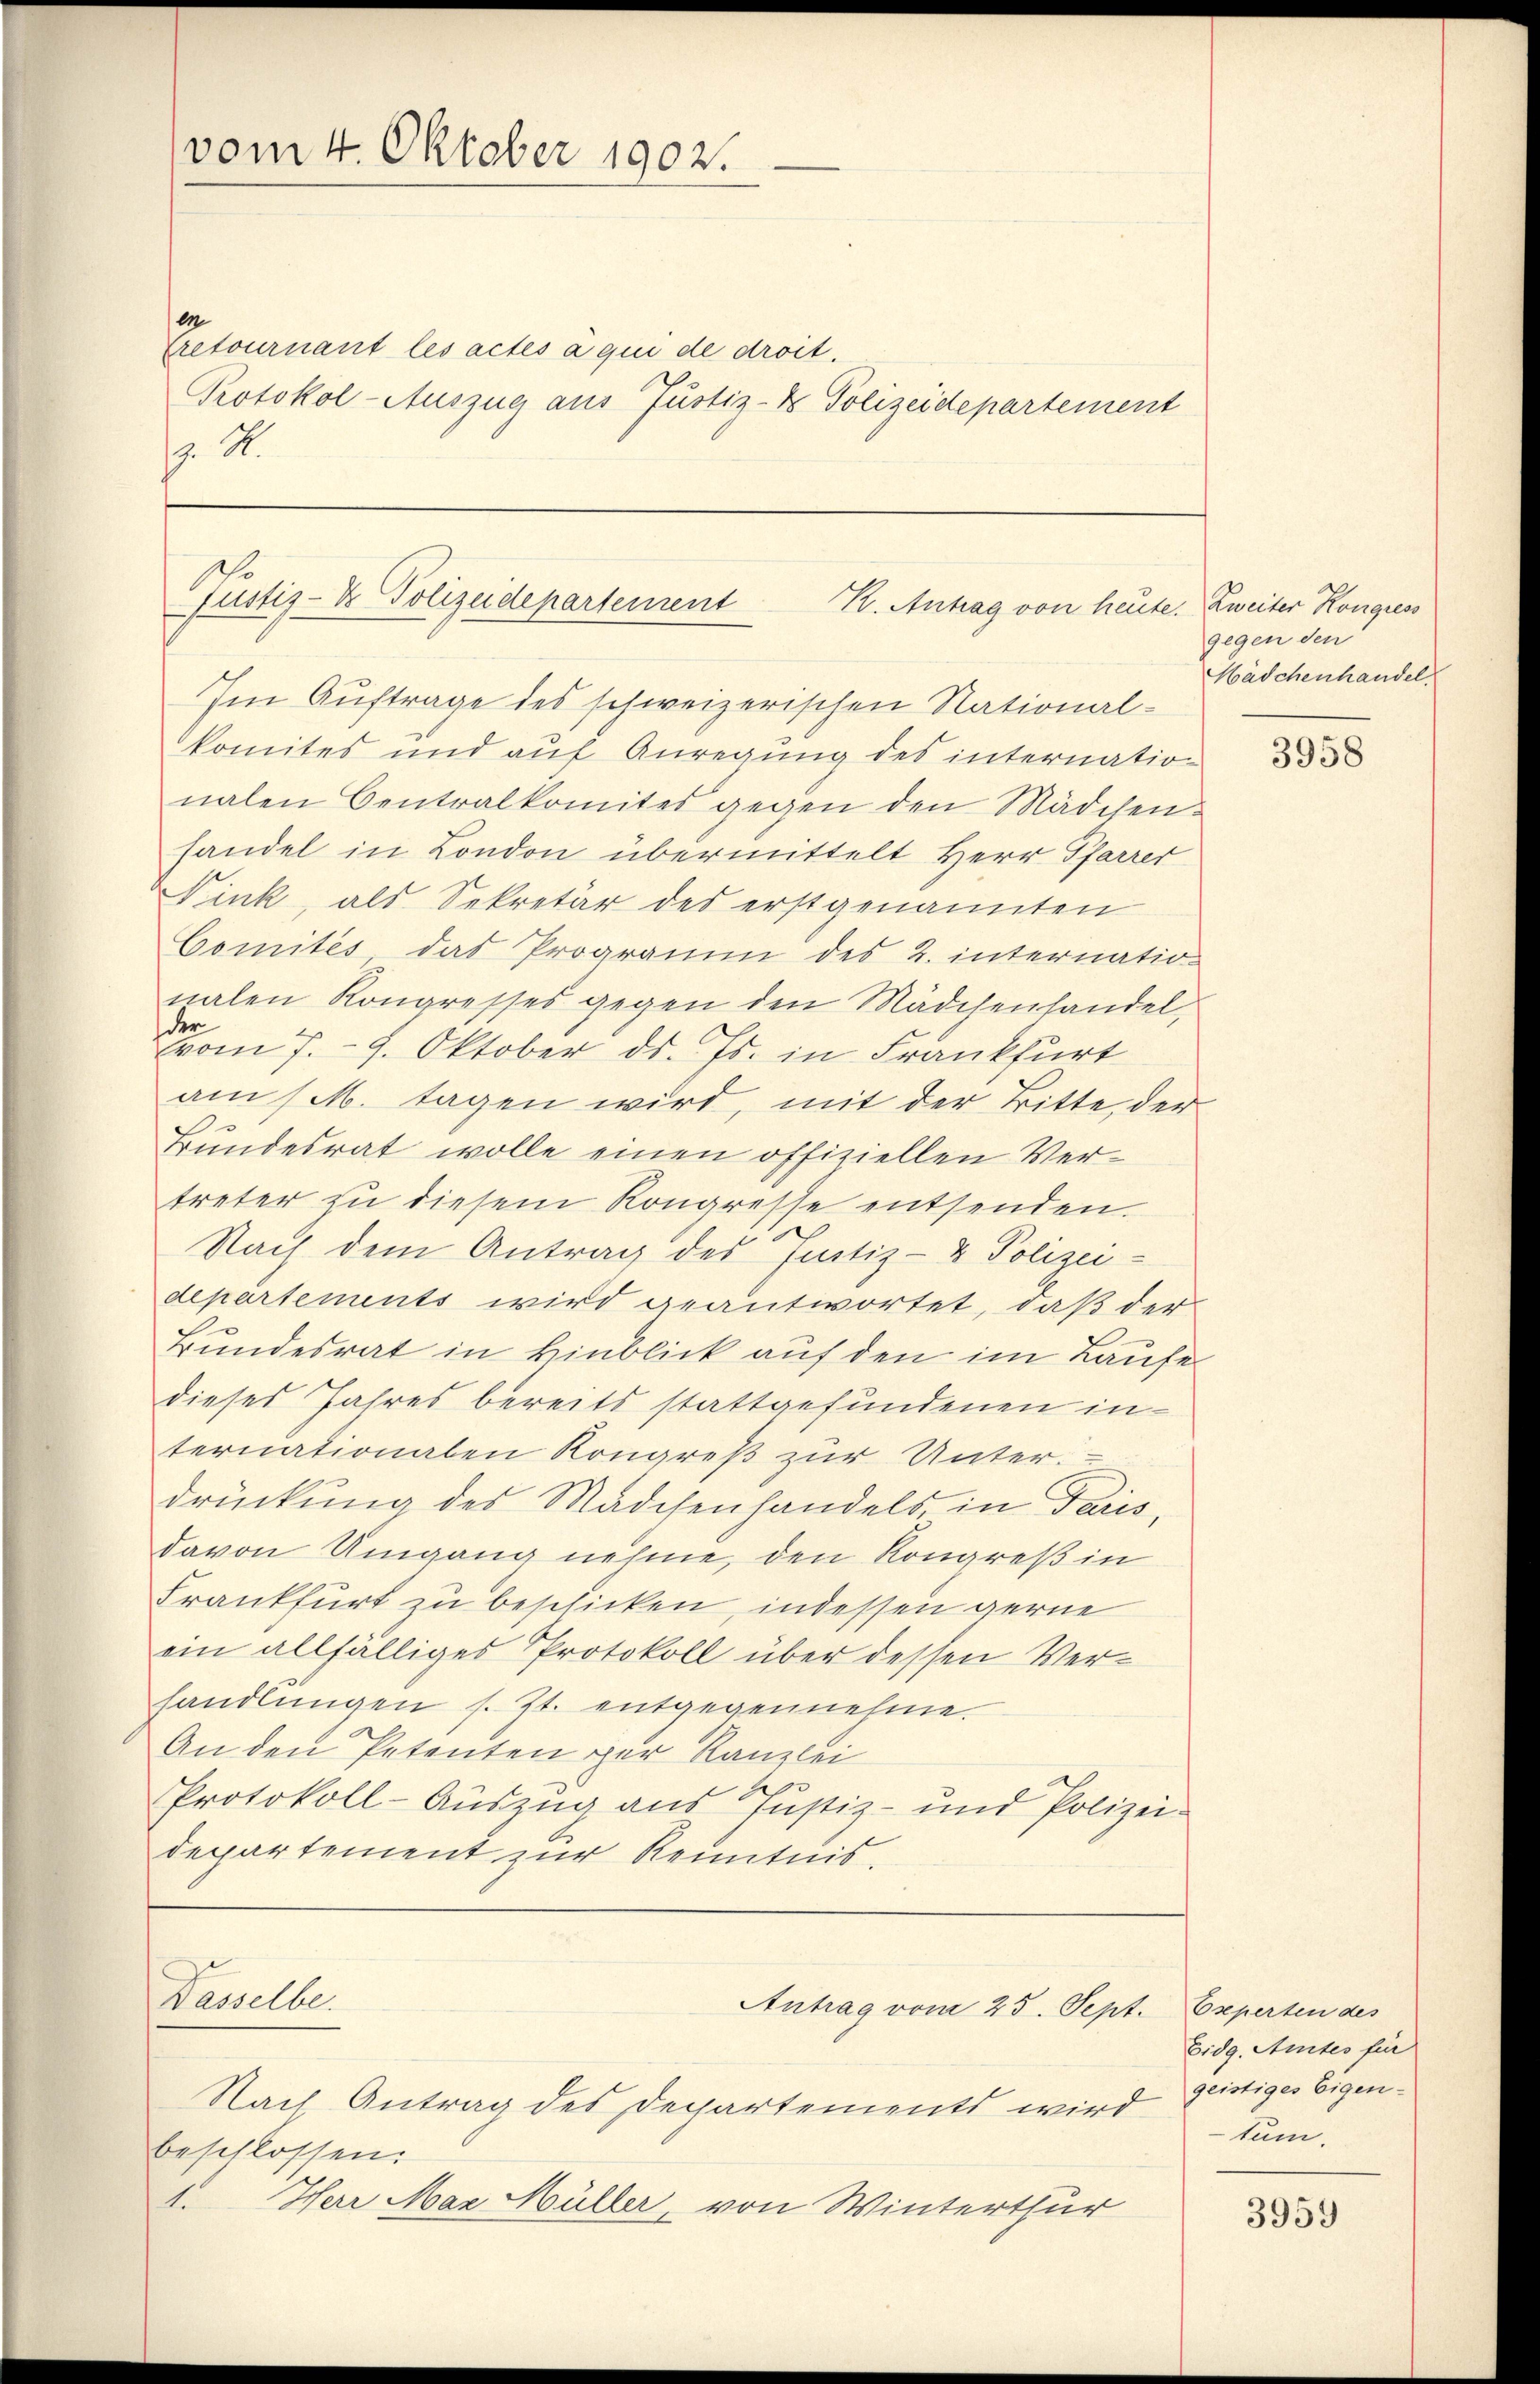
vom 4. Oktober 1902.

Cretournant les actes a qui de droit.
Protokol-Auszug aus Justiz- & Polizeidepartement
 4.

Justiz- & Polizeidepartement
K. Antrag von heute. Zweiter Kongress

Im Auftrage des schweizerischen National-
komites und auf Anregung des internation
nalen Centralkomites gegen den Mädchen.
handel in London übermittelt Herr Pfarrer
Fink, als Sekretär des erstgenannten
Comités das Programm des 2. internationalen Kongresses gegen den Mädchenhandel,
vom 7. 9. Oktober ds. Js. in Frankfurt
am / M. tagen wird, mit der Bitte der
Bundesrat wolle einen offiziellen Vertreter zu diesem Kongresse entsenden.
Nach dem Antrag des Justiz- & Polizei-
departements wird geantwortet, daß der
Bundesrat in Hinblick auf den im Laufe
dieses Jahres bereits stattgefundenen in
ternationalen Kongreß zur Unter.
drückung des Mädchenhandels, in Paris,
davon Umgang nehme, den Kongreß in
Frankfurt zu beschicken, indessen gerne
ein allfälliges Protokoll über dessen Verhandlŭngen s. Zt. entgegennehme.
An den Petenten per Kanzlei
Protokoll-Auszug aus Justiz- und Polizei-
departement zur Kenntnis.
Wasselbe.
Antrag vom 25. Sept. Experten des
Nach Antrag des Departements wird
beschlossen:
1.
Herr Max Müller, von Winterthur

gegen den
Mädchenhandel

3958

Eidg. Amtes für
geistiges Eigen-
tum.

3959